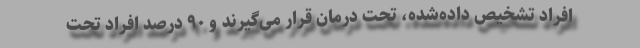
افراد تشخیص داده‌شده، تحت درمان قرار ‌می‌گیرند و ۹۰ درصد افراد تحت